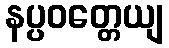
နပ္ပဝတ္တေယျ